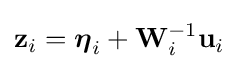
\mathbf {z} _{i}={\boldsymbol {\eta }}_{i}+\mathbf {W} _{i}^{-1}\mathbf {u} _{i}